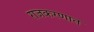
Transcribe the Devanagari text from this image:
राजकरणात